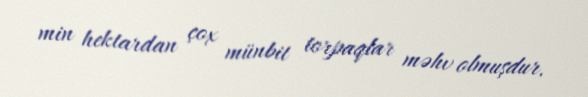
min hektardan çox münbit torpaqlar məhv olmuşdur.